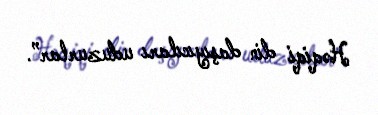
Həqiqi din daşıyıcıları uduzurlar”.